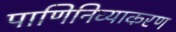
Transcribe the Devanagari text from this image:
पाणिनिव्याकरण